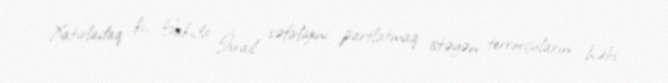
Xatırladaq ki, Bakıda İsrail səfirliyini partlatmaq istəyən terrorçuların həbs